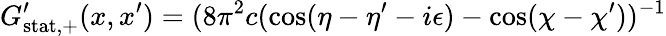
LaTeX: G_{\mathrm{stat,+}}^{\prime}(x,x^{\prime})=(8\pi^{2}c(\cos(\eta-\eta^{\prime}-i\epsilon)-\cos(\chi-\chi^{\prime}))^{-1}